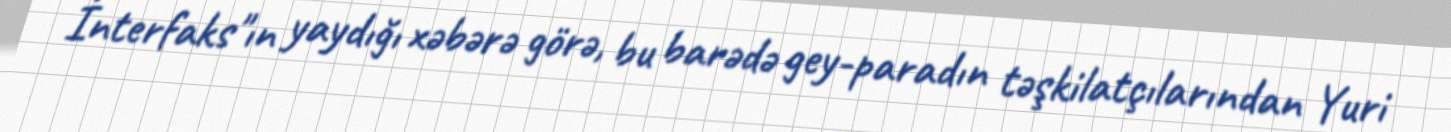
İnterfaks"ın yaydığı xəbərə görə, bu barədə gey-paradın təşkilatçılarından Yuri